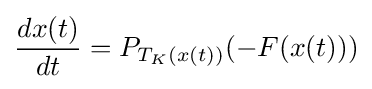
{\frac {dx(t)}{dt}}=P_{T_{K}(x(t))}(-F(x(t)))